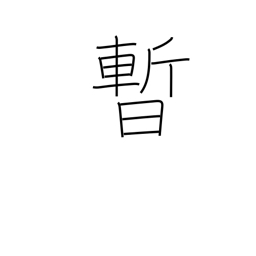
Meaning: moment